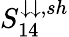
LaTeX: S_{14}^{\downarrow\downarrow,sh}